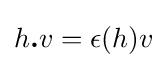
h{\boldsymbol {.}}v=\epsilon (h)v